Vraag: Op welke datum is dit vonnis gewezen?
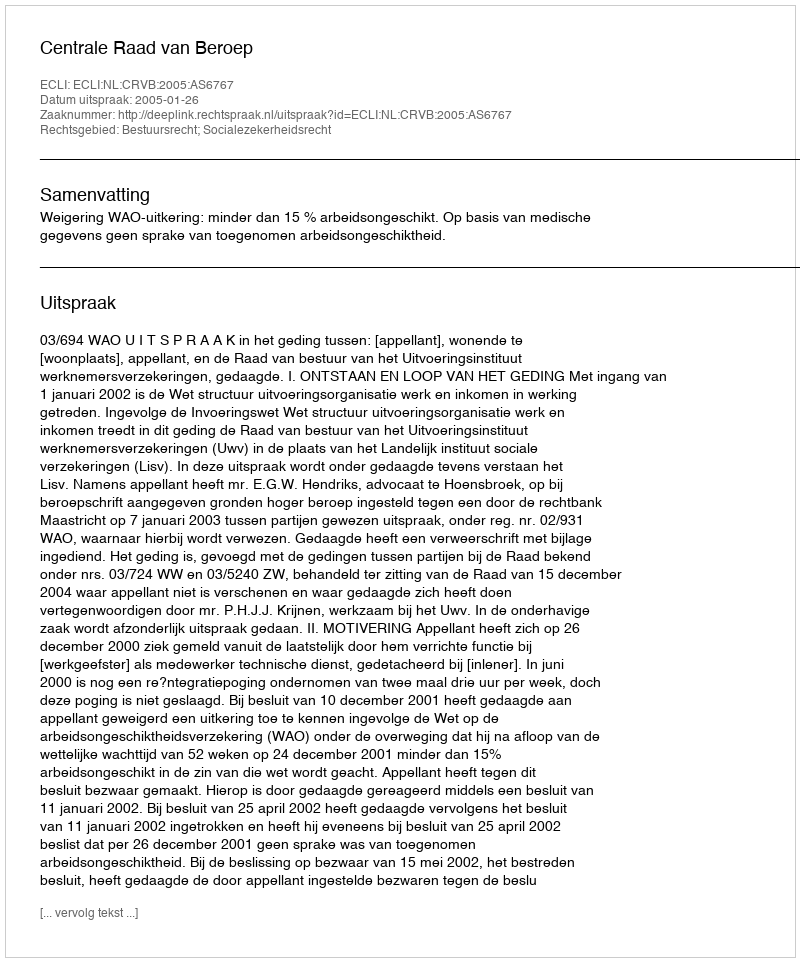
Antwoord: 2005-01-26